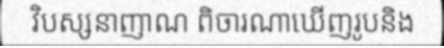
វិបស្សនាញាណ ពិចារណាឃើញរូបនិង